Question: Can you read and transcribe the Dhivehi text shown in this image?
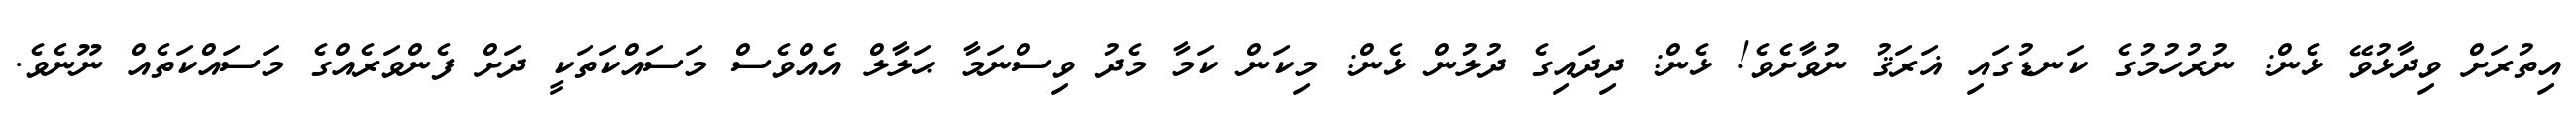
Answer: އިތުރަށް ވިދާޅުވޭ ޅެން: ނުރުހުމުގެ ކަނޑުގައި ޣަރަޤު ނުވާށެވެ! ޅެން: ދިދައިގެ ދުލުން ޅެން: މިކަން ކަމާ މެދު ވިސްނަމާ ޙަލާލް އެއްވެސް މަސައްކަތަކީ ދަށް ފެންވަރެއްގެ މަސައްކަތެއް ނޫނެވެ.